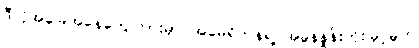
ဒီလိုအခြေအနေတွေကြားမှာ အမေရိကန်ရဲ့ အခွန်နှုန်းတိုးမြှင့်မှုက